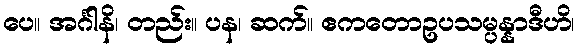
ပေ။ အင်္ဂါနိ၊ တည်း။ ပန၊ ဆက်။ ဧကတောဥပသမ္ပန္နာဒီဟိ၊